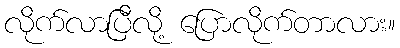
လိုက်လာပြီလို့ ပြောလိုက်တာလား။